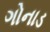
ગોનાડ